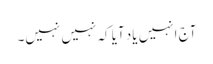
آج انہیں یاد آیا کہ نہیں نہیں۔